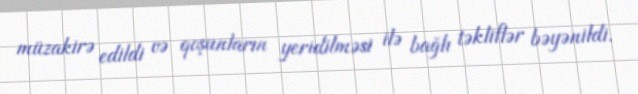
müzakirə edildi və qoşunların yeridilməsi ilə bağlı təkliflər bəyənildi.